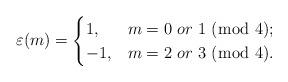
LaTeX: \begin{gather*}\varepsilon (m)=\begin{cases} 1, & m = 0 \ or \ 1 \;(\bmod\; 4);\\ -1, & m = 2 \ or \ 3 \;(\bmod\; 4). \end{cases}\end{gather*}